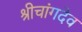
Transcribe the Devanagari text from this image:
श्रीचांगदेव